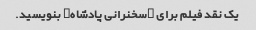
یک نقد فیلم برای "سخنرانی پادشاه" بنویسید.